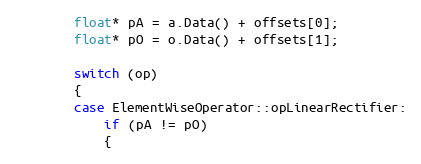
Language: C++
        float* pA = a.Data() + offsets[0];
        float* pO = o.Data() + offsets[1];

        switch (op)
        {
        case ElementWiseOperator::opLinearRectifier:
            if (pA != pO)
            {